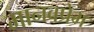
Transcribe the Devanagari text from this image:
मानवप्रेम